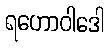
ရဟောဝါဒေါ